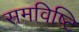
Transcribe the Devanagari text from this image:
समविष्टि